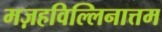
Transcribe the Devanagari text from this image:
मज़हविल्लिनात्तम